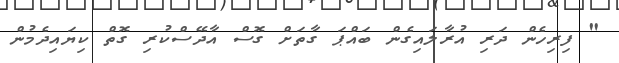
" ފިރިހެން ދަރި އުރާލައިގެން ބައްޕަ ގާތަށް ގޮސް އާދޭސްކުރި ގޮތް ކިޔައިދެމުން